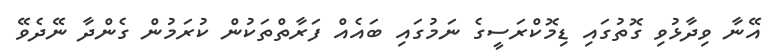
އޭނާ ވިދާޅުވި ގޮތުގައި ޑިމޮކްރަސީގެ ނަމުގައި ބައެއް ފަރާތްތަކުން ކުރަމުން ގެންދާ ނޭދެވޭ